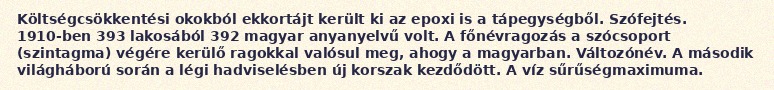
Költségcsökkentési okokból ekkortájt került ki az epoxi is a tápegységből. Szófejtés. 1910-ben 393 lakosából 392 magyar anyanyelvű volt. A főnévragozás a szócsoport (szintagma) végére kerülő ragokkal valósul meg, ahogy a magyarban. Változónév. A második világháború során a légi hadviselésben új korszak kezdődött. A víz sűrűségmaximuma.